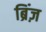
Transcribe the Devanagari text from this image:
ब्रिंज़